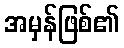
အမှန်ဖြစ်၏